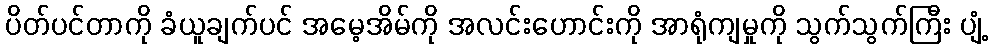
ပိတ်ပင်တာကို ခံယူချက်ပင် အမေ့အိမ်ကို အလင်းဟောင်းကို အာရုံကျမှုကို သွက်သွက်ကြီး ပျံ့